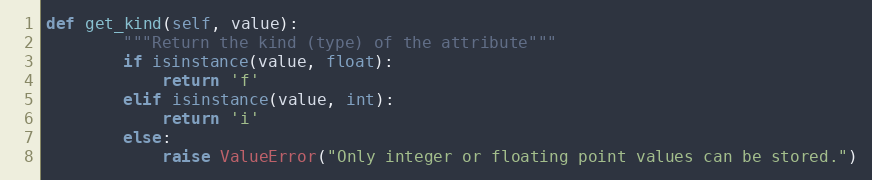
Language: Python
def get_kind(self, value):
        """Return the kind (type) of the attribute"""
        if isinstance(value, float):
            return 'f'
        elif isinstance(value, int):
            return 'i'
        else:
            raise ValueError("Only integer or floating point values can be stored.")